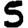
Digit: 5